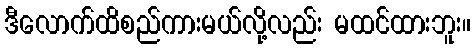
ဒီလောက်ထိစည်ကားမယ်လို့လည်း မထင်ထားဘူး။